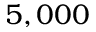
5 , 0 0 0